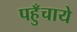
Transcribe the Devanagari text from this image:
पहुँचाये